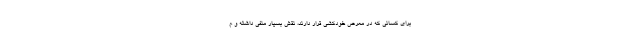
برای کسانی که در معرض خودکشی قرار دارند، نقش بسیار منفی داشته و م